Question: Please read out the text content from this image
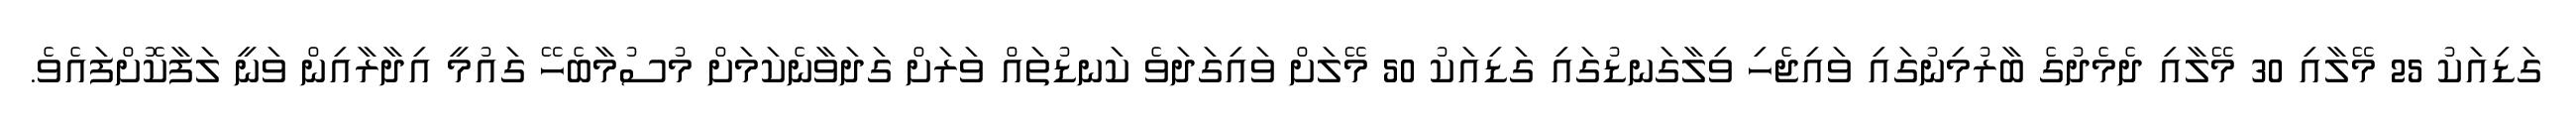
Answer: ގަޑިއަކު 25 މޭލާއި 30 މޭލާއި ދެމެދުގެ ބާރުމިނުގައި ވައިޖެހި ވިލާގަނޑުގައި ގަޑިއަކު 50 މޭލަށް ވައިގަދަވެ ކަނޑުތައް ވަރަށް ގަދަވާނެކަމަށް މުސުމާބެހޭ ގައުމީ އިދާރާއިން ވަނީ ލަފާކޮށްފައެވެ.